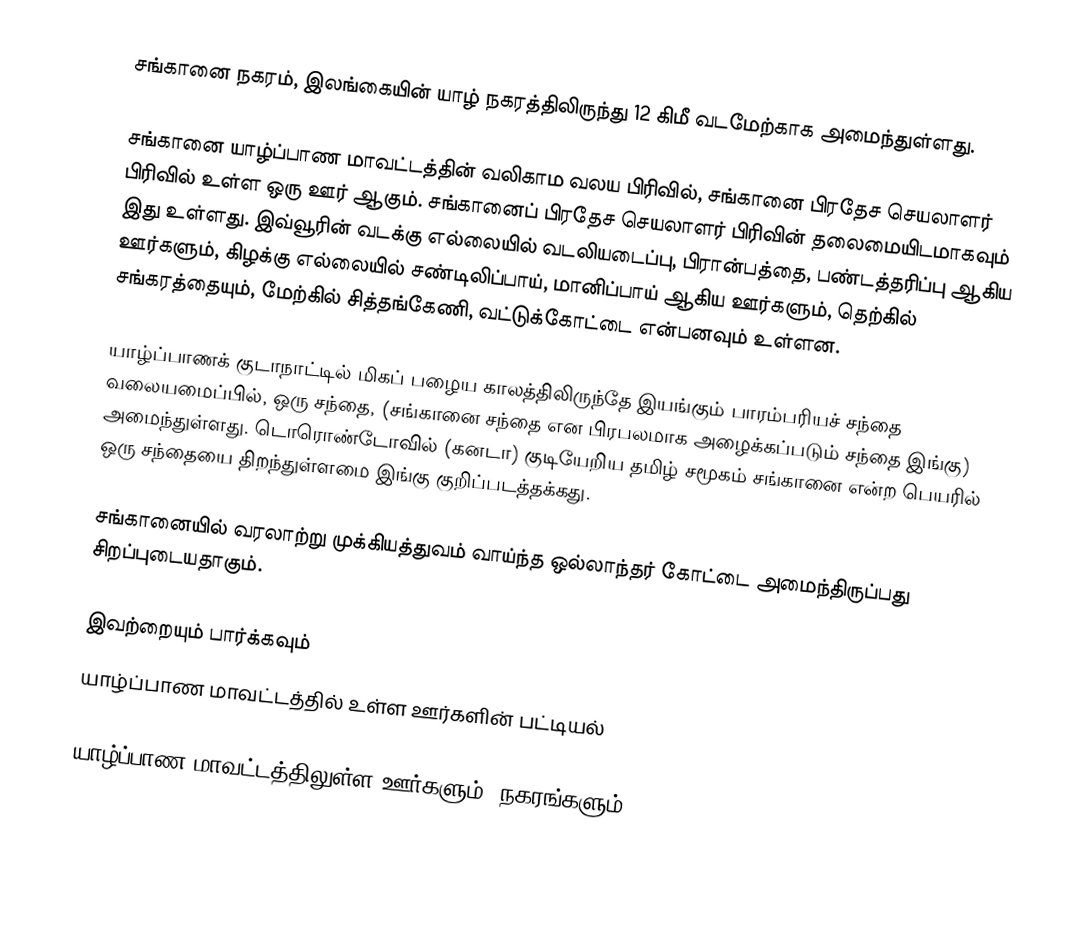
சங்கானை நகரம், இலங்கையின் யாழ் நகரத்திலிருந்து 12 கிமீ வடமேற்காக அமைந்துள்ளது.

சங்கானை யாழ்ப்பாண மாவட்டத்தின் வலிகாம வலய பிரிவில், சங்கானை பிரதேச செயலாளர் பிரிவில் உள்ள ஒரு ஊர் ஆகும். சங்கானைப் பிரதேச செயலாளர் பிரிவின் தலைமையிடமாகவும் இது உள்ளது. இவ்வூரின் வடக்கு எல்லையில் வடலியடைப்பு, பிரான்பத்தை, பண்டத்தரிப்பு ஆகிய ஊர்களும், கிழக்கு எல்லையில் சண்டிலிப்பாய், மானிப்பாய் ஆகிய ஊர்களும், தெற்கில் சங்கரத்தையும், மேற்கில் சித்தங்கேணி, வட்டுக்கோட்டை என்பனவும் உள்ளன.

யாழ்ப்பாணக் குடாநாட்டில் மிகப் பழைய காலத்திலிருந்தே இயங்கும் பாரம்பரியச் சந்தை வலையமைப்பில், ஒரு சந்தை, (சங்கானை சந்தை என பிரபலமாக அழைக்கப்படும் சந்தை இங்கு) அமைந்துள்ளது. டொரொண்டோவில் (கனடா) குடியேறிய தமிழ் சமூகம் சங்கானை என்ற பெயரில் ஒரு சந்தையை திறந்துள்ளமை இங்கு குறிப்படத்தக்கது.

சங்கானையில் வரலாற்று முக்கியத்துவம் வாய்ந்த ஒல்லாந்தர் கோட்டை அமைந்திருப்பது சிறப்புடையதாகும்.

இவற்றையும் பார்க்கவும்
 யாழ்ப்பாண மாவட்டத்தில் உள்ள ஊர்களின் பட்டியல்

யாழ்ப்பாண மாவட்டத்திலுள்ள ஊர்களும், நகரங்களும்